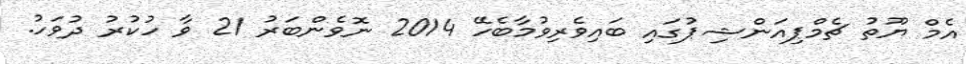
އެމް ޔޫތު ޗެމްޕިއަންޝިޕުގައި ބައިވެރިވުމާބެހޭ 2014 ނޮވެންބަރު 21 ވާ ހުކުރު ދުވަހު.